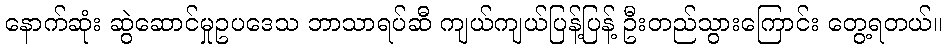
နောက်ဆုံး ဆွဲဆောင်မှုဥပဒေသ ဘာသာရပ်ဆီ ကျယ်ကျယ်ပြန့်ပြန့် ဦးတည်သွားကြောင်း တွေ့ရတယ်။